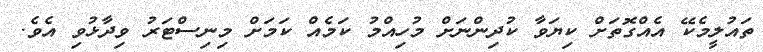
ތައުލީމެކޭ އެއްގޮތަށް ކިޔަވާ ކުދިންނަށް މުހިއްމު ކަމެއް ކަމަށް މިނިސްޓަރު ވިދާޅުވި އެވެ.